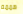
هممم